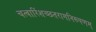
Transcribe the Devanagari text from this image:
चत्वारिंशच्छतरागनिरूपणम्‌